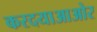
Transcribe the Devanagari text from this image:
करदयाआओर